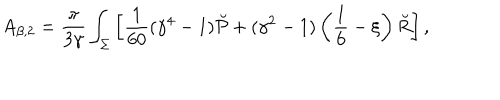
LaTeX: A _ { \beta , 2 } = { \frac { \pi } { 3 \gamma } } \int _ { \Sigma } \left[ { \frac { 1 } { 6 0 } } ( \gamma ^ { 4 } - 1 ) \breve { \cal P } + ( \gamma ^ { 2 } - 1 ) \left( \frac 1 6 - \xi \right) \breve { R } \right] ,